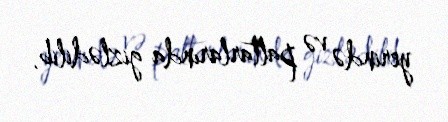
yerində və paltarlarında gizlədilib.